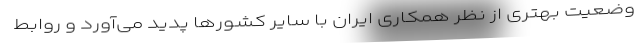
وضعیت بهتری از نظر همکاری ایران با سایر کشورها پدید می‌آورد و روابط